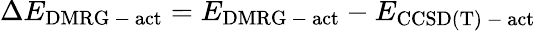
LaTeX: \Delta E_{\mathrm{DMRG\mathrm{~-~}act}}=E_{\mathrm{DMRG\mathrm{~-~}act}}-E_{\mathrm{CCSD(T)\mathrm{~-~}act}}